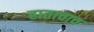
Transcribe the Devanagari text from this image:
हाताचाच